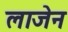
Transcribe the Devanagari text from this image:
लाजेन